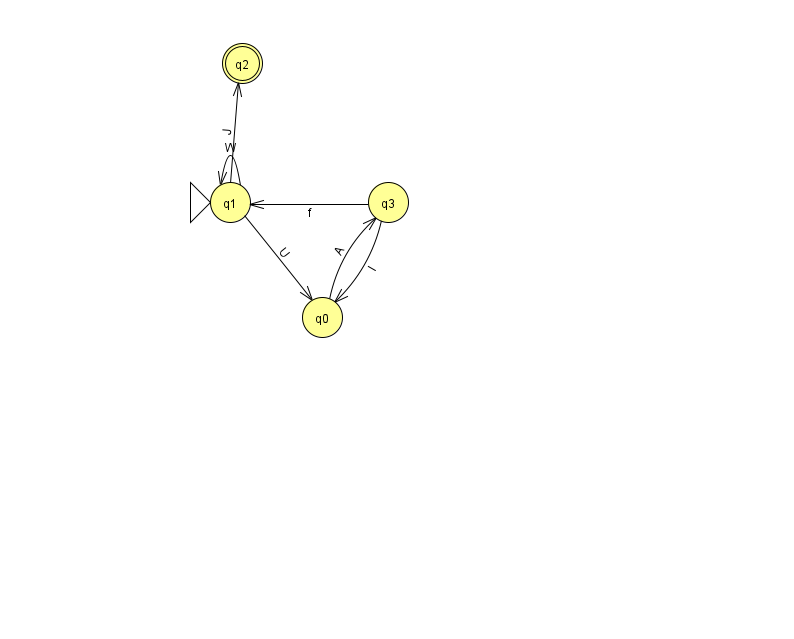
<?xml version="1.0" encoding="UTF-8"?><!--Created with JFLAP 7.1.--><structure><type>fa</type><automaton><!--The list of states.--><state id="0" name="q0"><x>322.0</x><y>304.0</y></state><state id="1" name="q1"><x>230.0</x><y>189.0</y><initial/></state><state id="2" name="q2"><x>242.0</x><y>50.0</y><final/></state><state id="3" name="q3"><x>388.0</x><y>189.0</y></state><!--The list of transitions.--><transition><from>3</from><to>0</to><read>I</read></transition><transition><from>1</from><to>2</to><read>J</read></transition><transition><from>3</from><to>1</to><read>f</read></transition><transition><from>1</from><to>1</to><read>W</read></transition><transition><from>0</from><to>3</to><read>A</read></transition><transition><from>1</from><to>0</to><read>U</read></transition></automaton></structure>